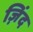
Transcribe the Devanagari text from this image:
ज़िंद